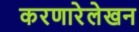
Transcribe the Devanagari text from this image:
करणारेलेखन